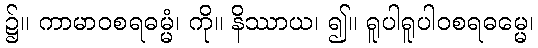
၌။ ကာမာဝစရဓမ္မံ၊ ကို။ နိဿာယ၊ ၍။ ရူပါရူပါဝစရဓမ္မေ၊